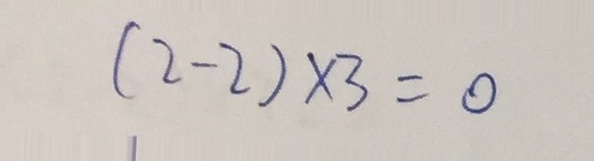
( 2 - 2 ) \times 3 = 0